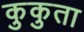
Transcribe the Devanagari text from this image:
कुकुता